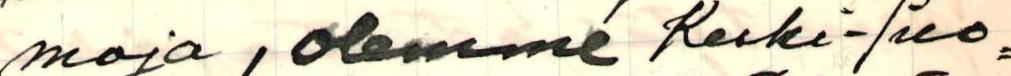
moja, olemme Keski-Suo=